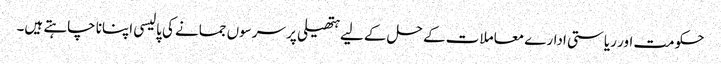
حکومت اور ریاستی ادارے معاملات کے حل کے لیے ہتھیلی پر سرسوں جمانے کی پالیسی اپنانا چاہتے ہیں۔